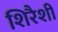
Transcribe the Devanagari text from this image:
शिरैशी